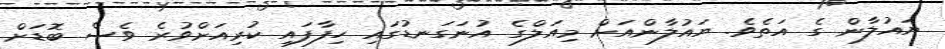
ޔައުލާން ގެ އަތެވެ. ޔައުލާންއަށް މިއަލްގެ އުނަގަނޑުގައި ހިފާފައި ކުރިއަށްވުރެ ވެސް ބޮޑަށް